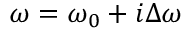
\omega = \omega _ { 0 } + i \Delta \omega